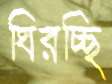
ঘিরচ্ছি